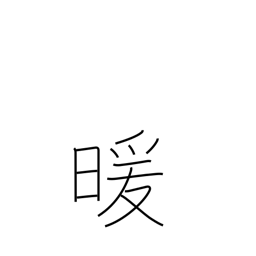
Meaning: warmth